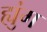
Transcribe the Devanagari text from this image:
ह्युंग